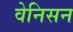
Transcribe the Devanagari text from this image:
वेनिसन